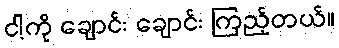
ငါ့ကို ချောင်း ချောင်း ကြည့်တယ်။